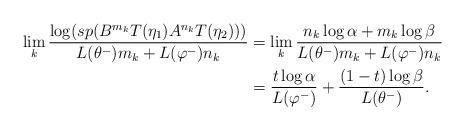
LaTeX: \begin{align*}\lim_{k}\frac{\log (sp(B^{m_{k}}T(\eta _{1})A^{n_{k}}T(\eta _{2})))}{L(\theta ^{-})m_{k}+L(\varphi ^{-})n_{k}} &=\lim_{k}\frac{n_{k}\log \alpha+m_{k}\log \beta }{L(\theta ^{-})m_{k}+L(\varphi ^{-})n_{k}} \\&=\frac{t\log \alpha }{L(\varphi ^{-})}+\frac{(1-t)\log \beta }{L(\theta^{-})}.\end{align*}